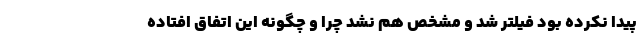
پیدا نکرده بود فیلتر شد و مشخص هم نشد چرا و چگونه این اتفاق افتاده